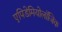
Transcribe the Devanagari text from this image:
एपिडेमियोलॉजिक